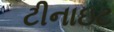
ટીનાઇટ